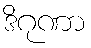
ဒိဂုဏာ